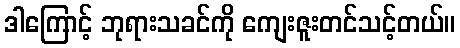
ဒါကြောင့် ဘုရားသခင်ကို ကျေးဇူးတင်သင့်တယ်။